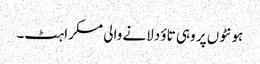
ہونٹوں پر وہی تاؤ دلانے والی مسکراہٹ۔